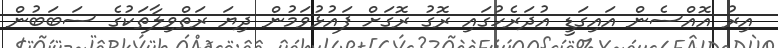
އިރު އޮއްސެން އައިގަޑީ އުދަރެހުގައި ރޮގު ރޮގަށް ފައުޅުވަމުން ދިޔަ ރަތްވިލާތަކުގެ ސަބަބުން